Document type: Dowry acquittance
Year: 1427
Scribe: Pere Tarafa
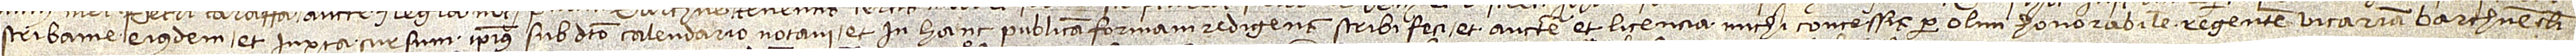
scribanie eiusdem et iuxta cursum ipsius sub dicto calendario notavi et in hanc publicam formam redigens scribi feci et auctoritate et licencia michi concessis per olim honorabilem regentem vicariam Barchinone clausi